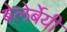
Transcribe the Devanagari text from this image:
बेलेर्बेयी